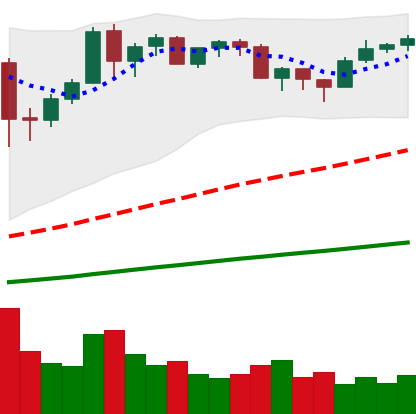
Ticker: BTC-USD
Chart end date: 2020-12-15
Forward return: 20.911%
Label: up_7plus